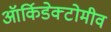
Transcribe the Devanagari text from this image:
ऑर्किडेक्टोमीव